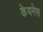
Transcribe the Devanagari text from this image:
केयनेस